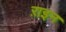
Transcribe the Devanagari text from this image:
ऱाइन